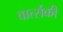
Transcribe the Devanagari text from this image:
वार्त्सकी